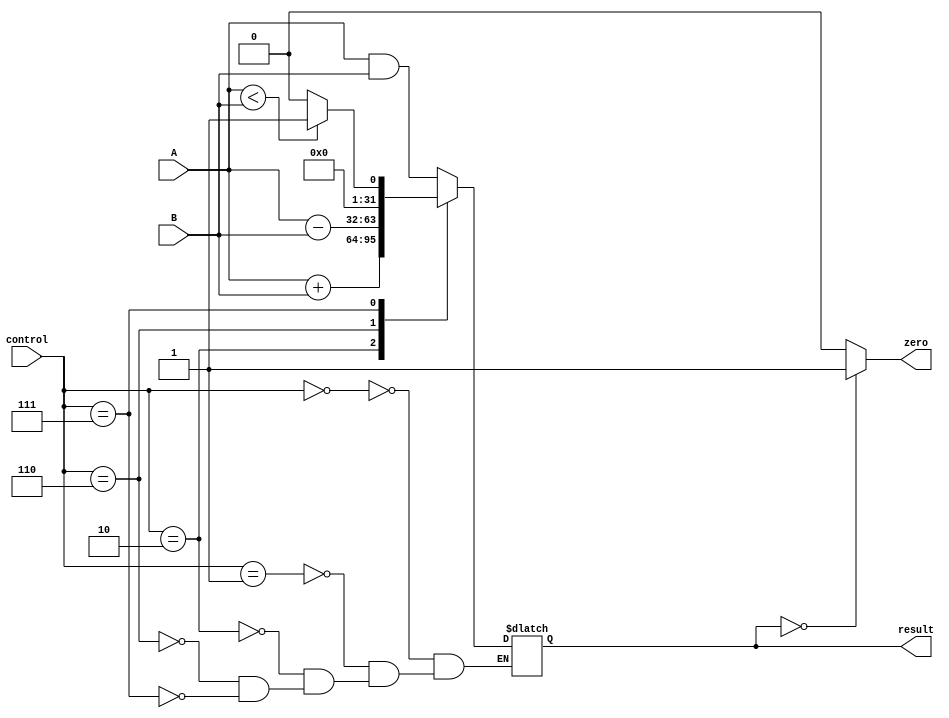
`timescale 1ns / 1ps
//////////////////////////////////////////////////////////////////////////////////
// Company: 
// Engineer: 
// 
// Design Name: 
// Module Name:    alu 
// Project Name: 
// Target Devices: 
// Tool versions: 
// Description: 
//
// Dependencies: 
//
// Revision: 
// Revision 0.01 - File Created
// Additional Comments: 
//
//////////////////////////////////////////////////////////////////////////////////
module alu(
	input [31:0] A,
	input [31:0] B,
	input [2:0] control,
	
	output reg zero,
	output reg [31:0] result
	 );
	 
	always@(*)
	begin
	
		case(control)
			3'b000:	// and
				result <= A & B;
			
			3'b001:	// or
				result <= A & B;
			
			3'b010:	// add
				result <= A + B;
			
			3'b110:	// subtract
				result <= A - B;
			
			3'b111:	// set on less than
			begin
				if(A<B)
					result <= 1;
				else
					result <= 0;
			end	
		endcase 
		
	if(result == 0)
		zero <= 1;
	else
		zero <= 0;
		
	end

endmodule